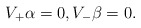
\begin{align*} V_+\alpha=0,V_-\beta=0.\end{align*}